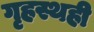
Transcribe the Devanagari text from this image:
गृहस्थही